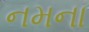
નમના